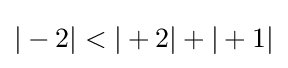
|-2|<|+2|+|+1|